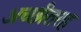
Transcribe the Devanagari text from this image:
अच्छीतरह